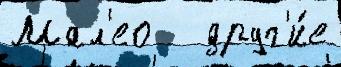
Мал'ео   друг'и́е